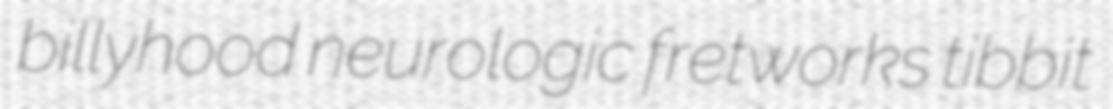
billyhood neurologic fretworks tibbit